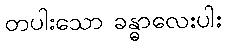
တပါးသော ခန္ဓာလေးပါး